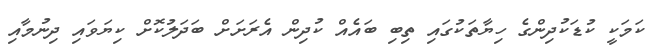
ކަމަކީ ކުޑަކުދިންގެ ހިޔާތަކުގައި ތިބި ބައެއް ކުދިން އެރަށަށް ބަދަލުކޮށް ކިޔަވައި ދިނުމާއި